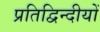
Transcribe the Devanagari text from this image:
प्रतिद्विन्दीयों